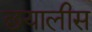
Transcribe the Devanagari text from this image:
छयालीस